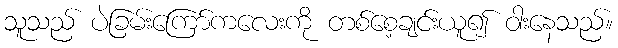
သူသည် ပဲခြမ်းကြော်ကလေးကို တစ်စေ့ချင်းယူ၍ ဝါးနေသည်။